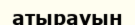
атырауын